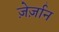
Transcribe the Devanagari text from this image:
ज़ेर्ज़ान